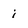
Character: i